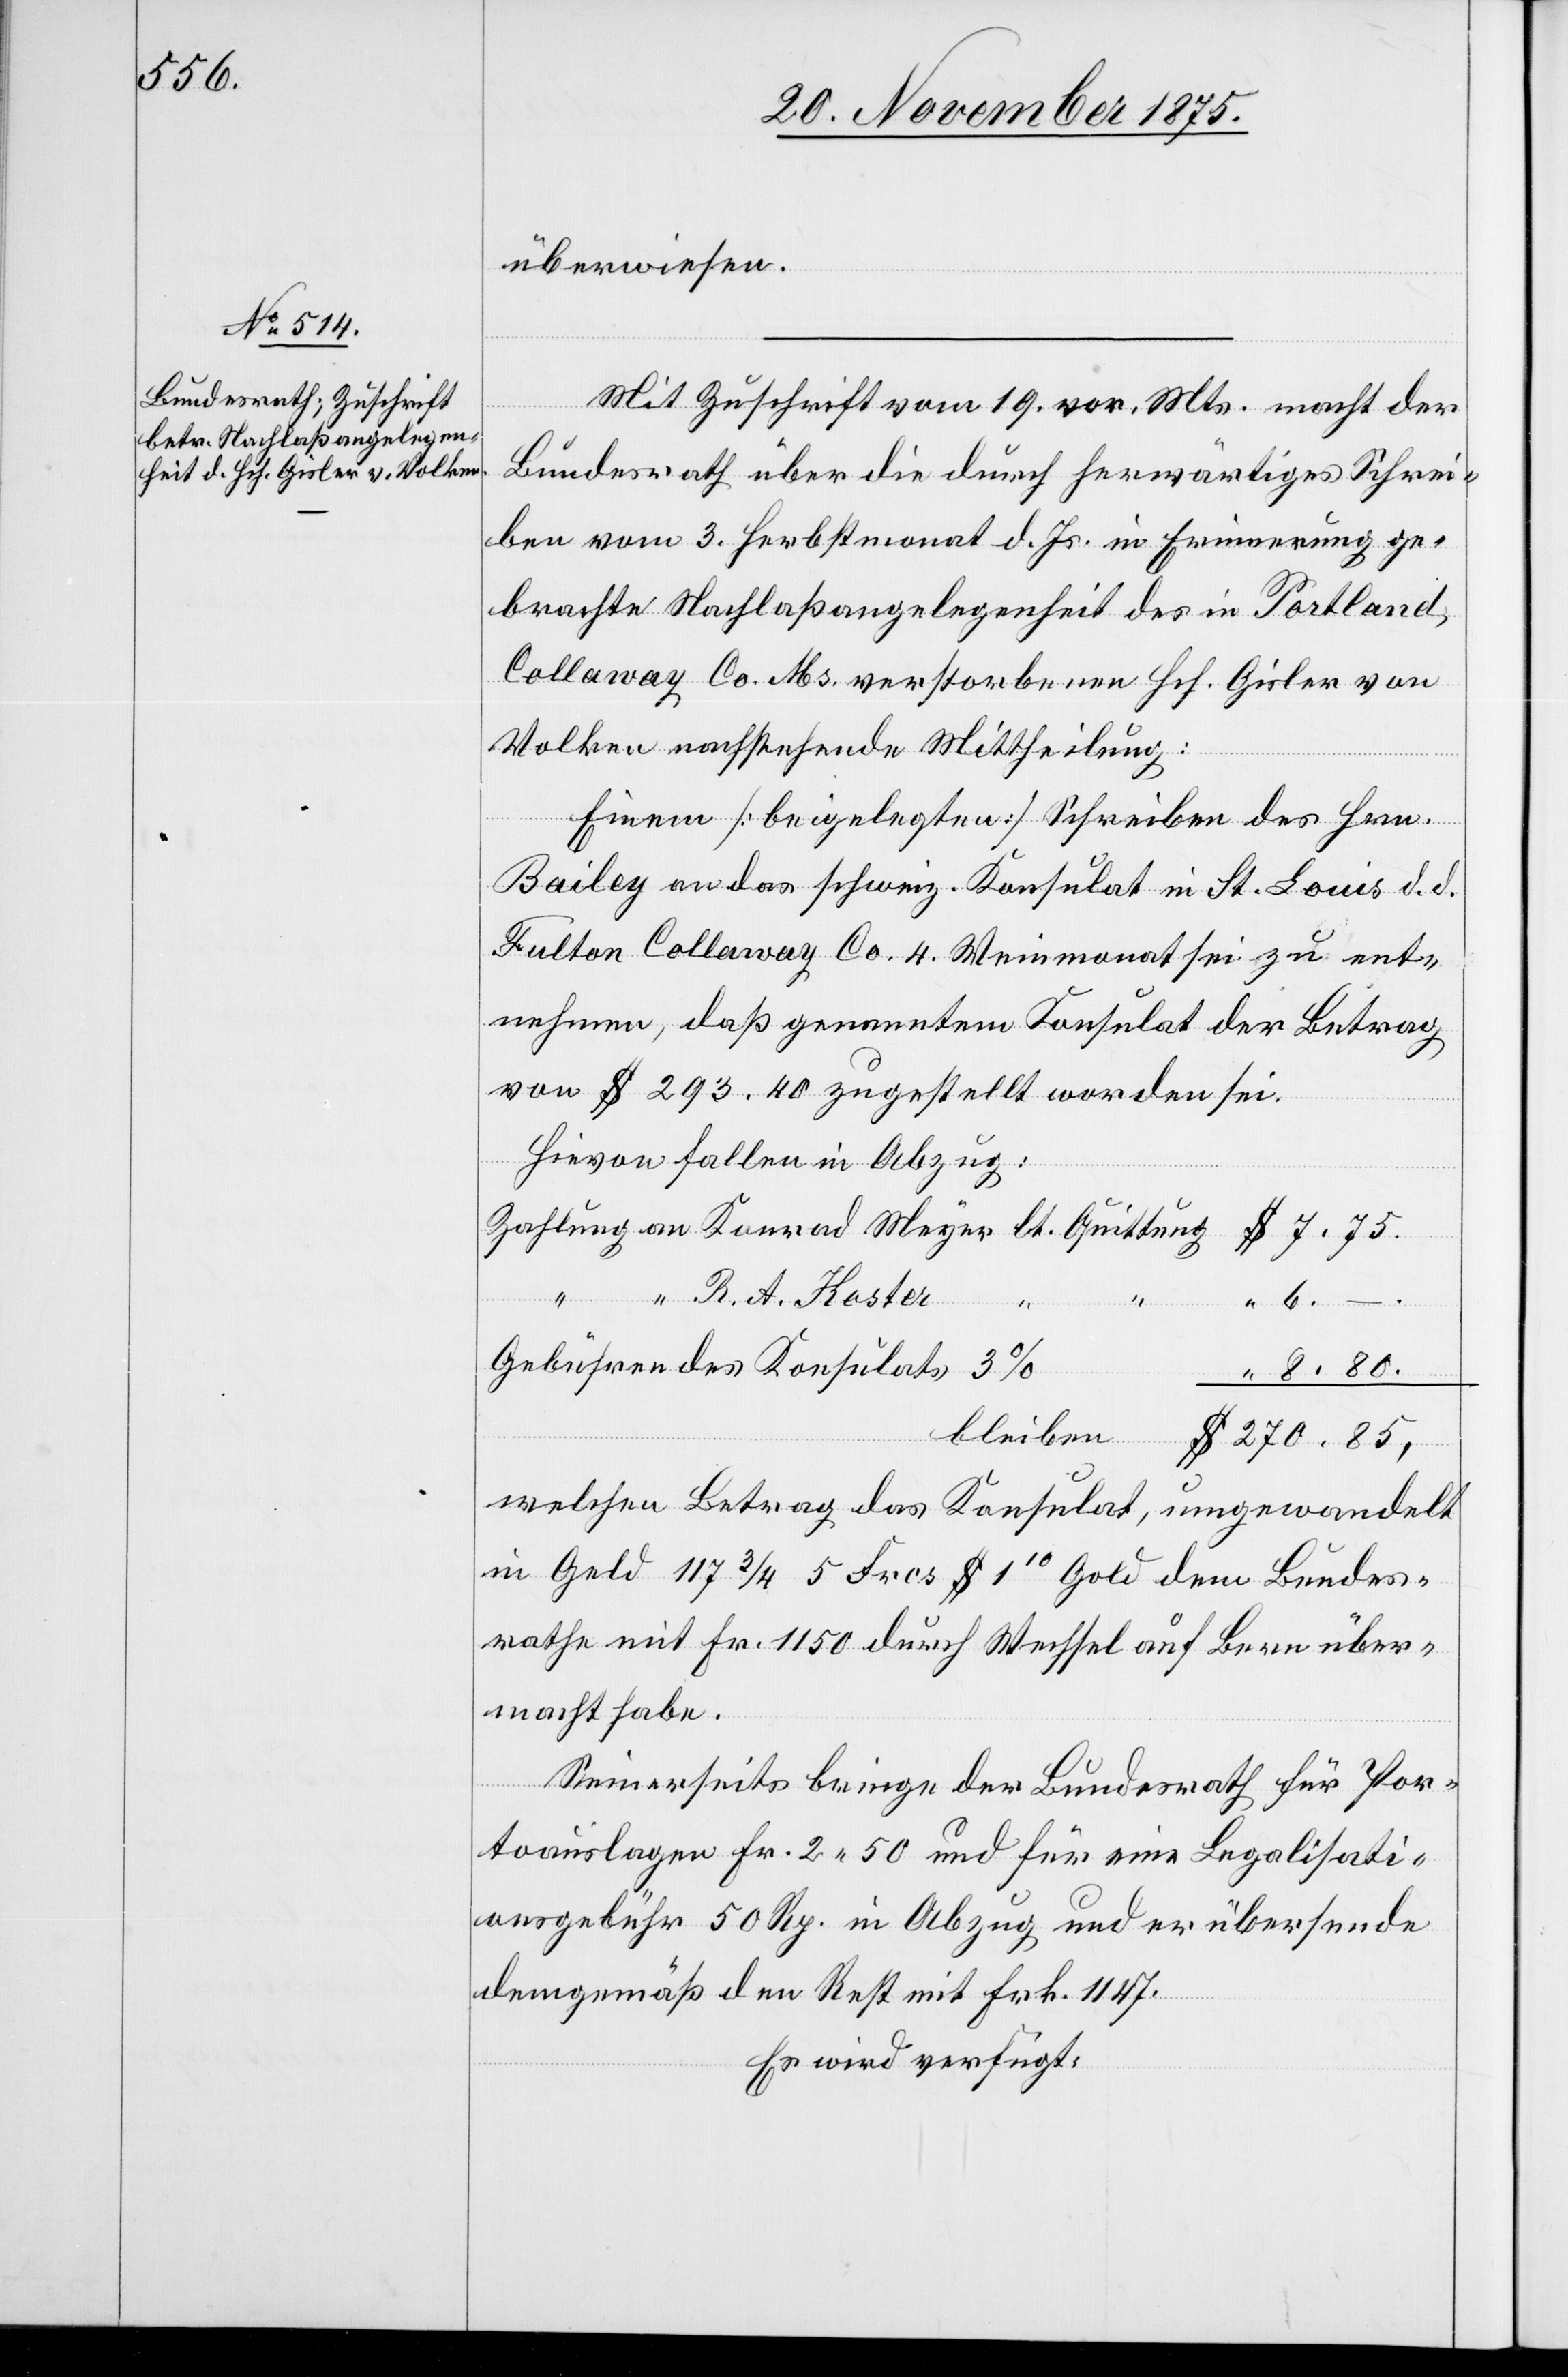
8 80.

23. November 1875.]
überwiesen.
$
Mit Zuschrift vom 19. vor. Mts. macht der
Bundesrath über die durch herwärtiges Schrei¬
ben vom 3. Herbstmonat d. Js. in Erinnerung ge¬
brachte Nachlaßangelegenheit des in Portland,
Collaway Co. Ms. verstorbenen Hch. Gisler von
Volken nachstehende Mittheilung:
Einem [beigelegten] Schreiben des Hrn.
Bailey an das schweiz. Konsulat in St. Louis d. d.
Fulton Collaway Co. 4. Weinmonat sei zu ent¬
nehmen, daß genanntem Konsulat der Betrag
von $ 293 40 zugestellt worden sei.
Hievon fallen in Abzug:
6 –.
R. A. Koster
Gebühren des Konsulats 3%
welchen Betrag das Konsulat, umgewandelt
in Geld 117 3/4 5 Frcs. $ 110 Gold dem Bundes¬
rathe mit Fr. 1150 durch Wechsel auf Bern über¬
macht habe.
Seinerseits bringe der Bundesrath für Por¬
toauslagen Fr. 2 50 und für eine Legalisati¬
onsgebühr 50 Rp. in Abzug und er übersende
Meyer
demgemäß den Rest mit Frk. 1147.
Es wird verfügt: